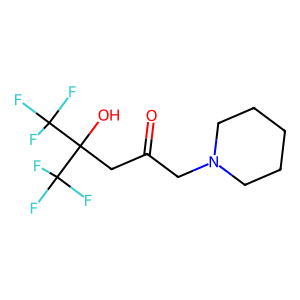
SMILES: O=C(CN1CCCCC1)CC(O)(C(F)(F)F)C(F)(F)F
Inhibits HIV replication: No